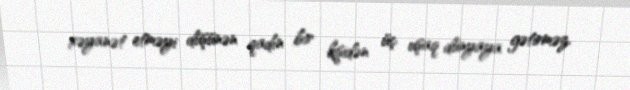
xəyanət etməyi düşünən qadın bir kişidən üç uşaq dünyaya gətirməz.